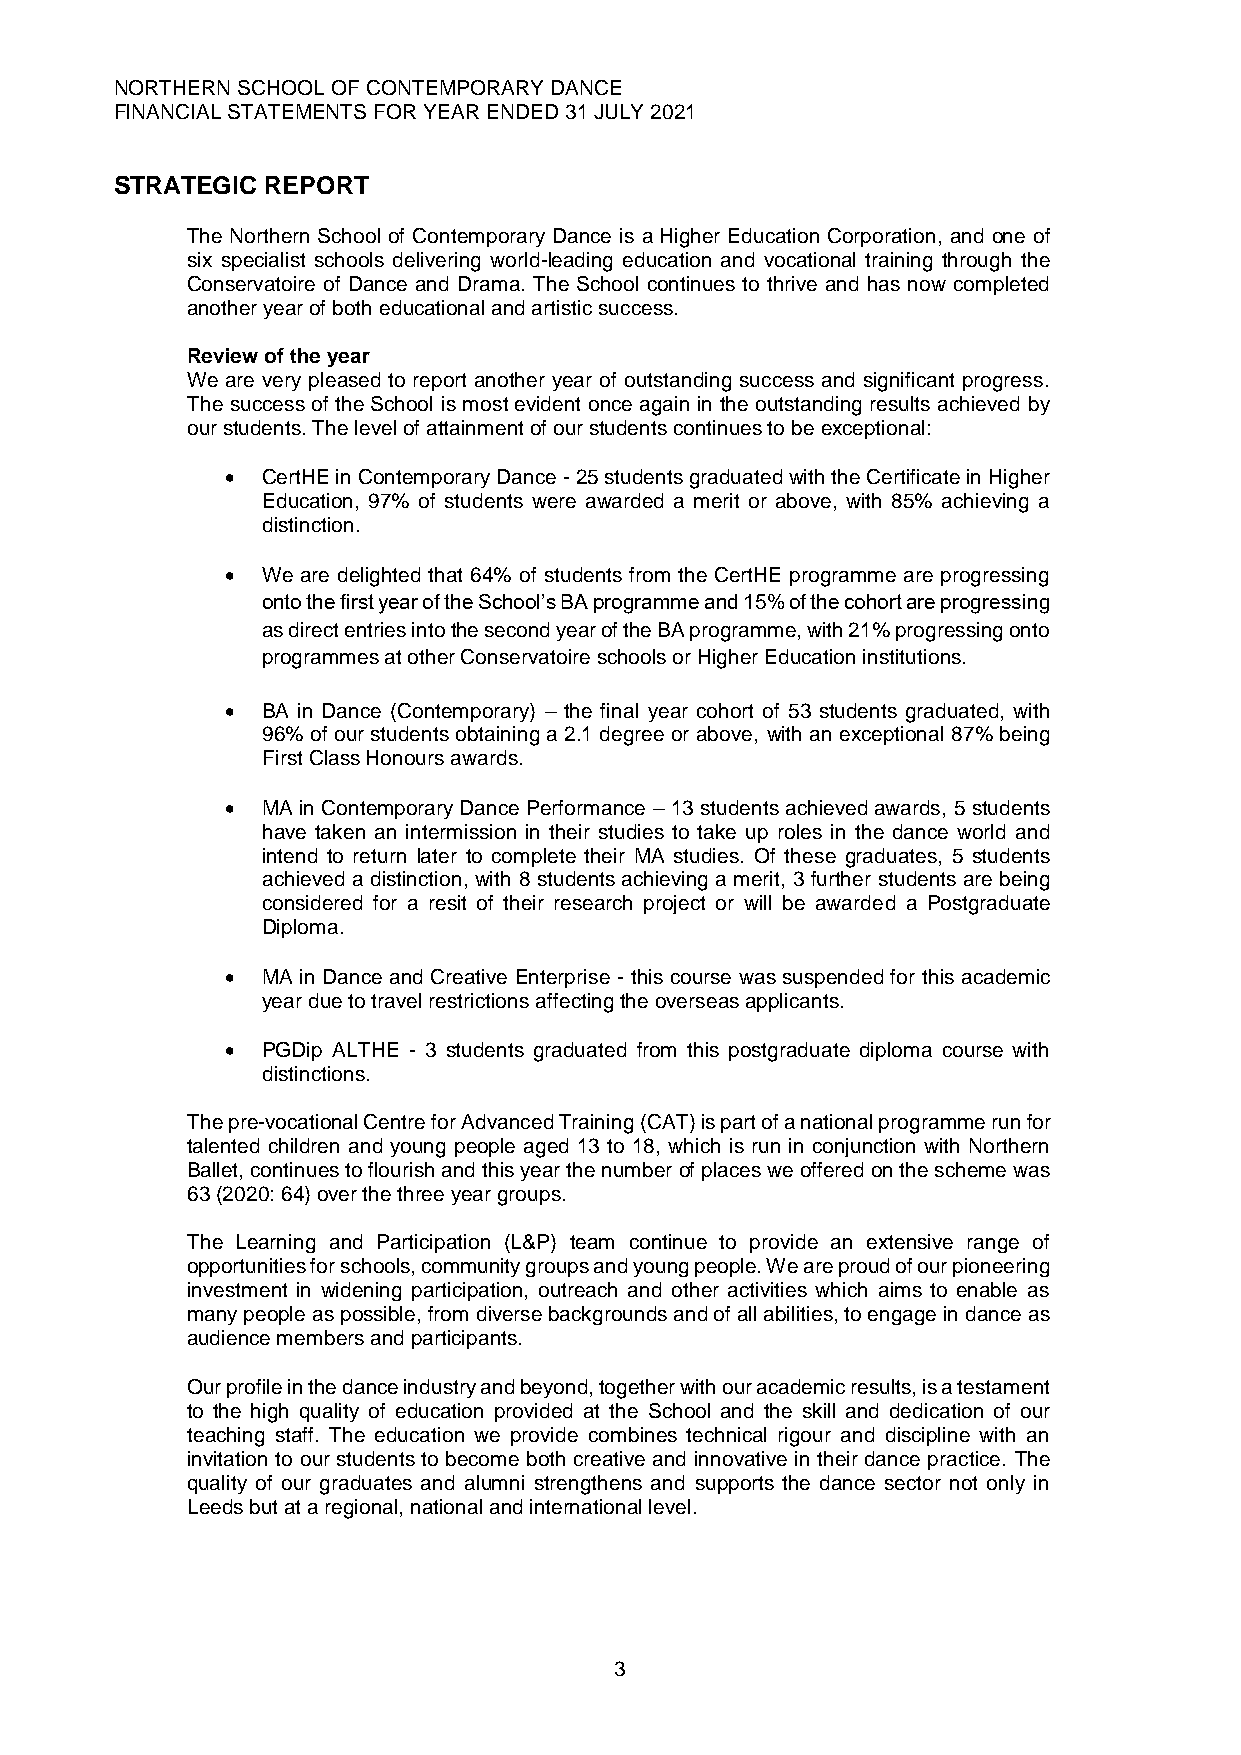
NORTHERN SCHOOL OF CONTEMPORARY DANCE
 FINANCIAL STATEMENTS FOR YEAR ENDED 31 JULY 2021
 STRATEGIC REPORT
 The Northern School of Contemporary Dance is a Higher Education Corporation, and one of
 six specialist schools delivering world-leading education and vocational training through the
 Conservatoire of Dance and Drama. The School continues to thrive and has now completed
 another year of both educational and artistic success.
 Review of the year
 We are very pleased to report another year of outstanding success and significant progress.
 The success of the School is most evident once again in the outstanding results achieved by
 our students. The level of attainment of our students continues to be exceptional:
 • CertHE in Contemporary Dance - 25 students graduated with the Certificate in Higher
 Education, 97% of students were awarded a merit or above, with 85% achieving a
 distinction.
 • We are delighted that 64% of students from the CertHE programme are progressing
 onto the first year of the School’s BA programme and 15% of the cohort are progressing
 as direct entries into the second year of the BA programme, with 21% progressing onto
 programmes at other Conservatoire schools or Higher Education institutions.
 • BA in Dance (Contemporary) – the final year cohort of 53 students graduated, with
 96% of our students obtaining a 2.1 degree or above, with an exceptional 87% being
 First Class Honours awards.
 • MA in Contemporary Dance Performance – 13 students achieved awards, 5 students
 have taken an intermission in their studies to take up roles in the dance world and
 intend to return later to complete their MA studies. Of these graduates, 5 students
 achieved a distinction, with 8 students achieving a merit, 3 further students are being
 considered for a resit of their research project or will be awarded a Postgraduate
 Diploma.
 • MA in Dance and Creative Enterprise - this course was suspended for this academic
 year due to travel restrictions affecting the overseas applicants.
 • PGDip ALTHE - 3 students graduated from this postgraduate diploma course with
 distinctions.
 The pre-vocational Centre for Advanced Training (CAT) is part of a national programme run for
 talented children and young people aged 13 to 18, which is run in conjunction with Northern
 Ballet, continues to flourish and this year the number of places we offered on the scheme was
 63 (2020: 64) over the three year groups.
 The Learning and Participation (L&P) team continue to provide an extensive range of
 opportunities for schools, community groups and young people. We are proud of our pioneering
 investment in widening participation, outreach and other activities which aims to enable as
 many people as possible, from diverse backgrounds and of all abilities, to engage in dance as
 audience members and participants.
 Our profile in the dance industry and beyond, together with our academic results, is a testament
 to the high quality of education provided at the School and the skill and dedication of our
 teaching staff. The education we provide combines technical rigour and discipline with an
 invitation to our students to become both creative and innovative in their dance practice. The
 quality of our graduates and alumni strengthens and supports the dance sector not only in
 Leeds but at a regional, national and international level.
 3